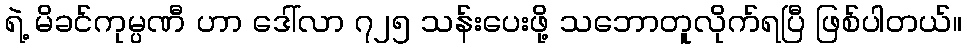
ရဲ့ မိခင်ကုမ္ပဏီ ဟာ ဒေါ်လာ ၇၂၅ သန်းပေးဖို့ သဘောတူလိုက်ရပြီ ဖြစ်ပါတယ်။